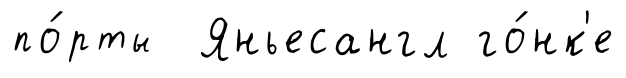
по́рты Яньесангл го́нк'е